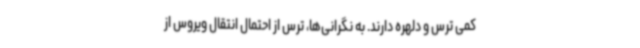
کمی ترس و دلهره دارند. به نگرانی‌ها، ترس از احتمال انتقال ویروس از